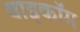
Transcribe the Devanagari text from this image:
वाइकॉम